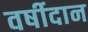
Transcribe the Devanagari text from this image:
वर्षीदान